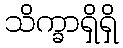
သိက္ခာရှိရှိ